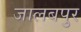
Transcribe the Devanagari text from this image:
जालबपुर